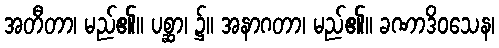
အတီတာ၊ မည်၏။ ပစ္ဆာ၊ ၌။ အနာဂတာ၊ မည်၏။ ခဏာဒိဝသေန၊